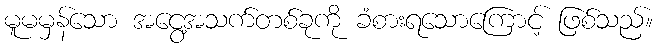
မူမမှန်သော အငွေ့အသက်တစ်ခုကို ခံစားရသောကြောင့် ဖြစ်သည်။